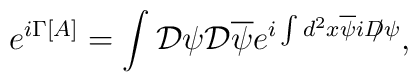
e^{i\Gamma[A]}=\int{\cal  D}\psi{\cal  D}\overline\psi   e^{i\int d^2x\overline\psi iD\!\!\!/\psi},